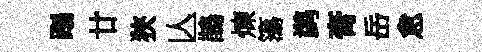
蹋廿狹亾鵲煉簜鹢膏岳怠